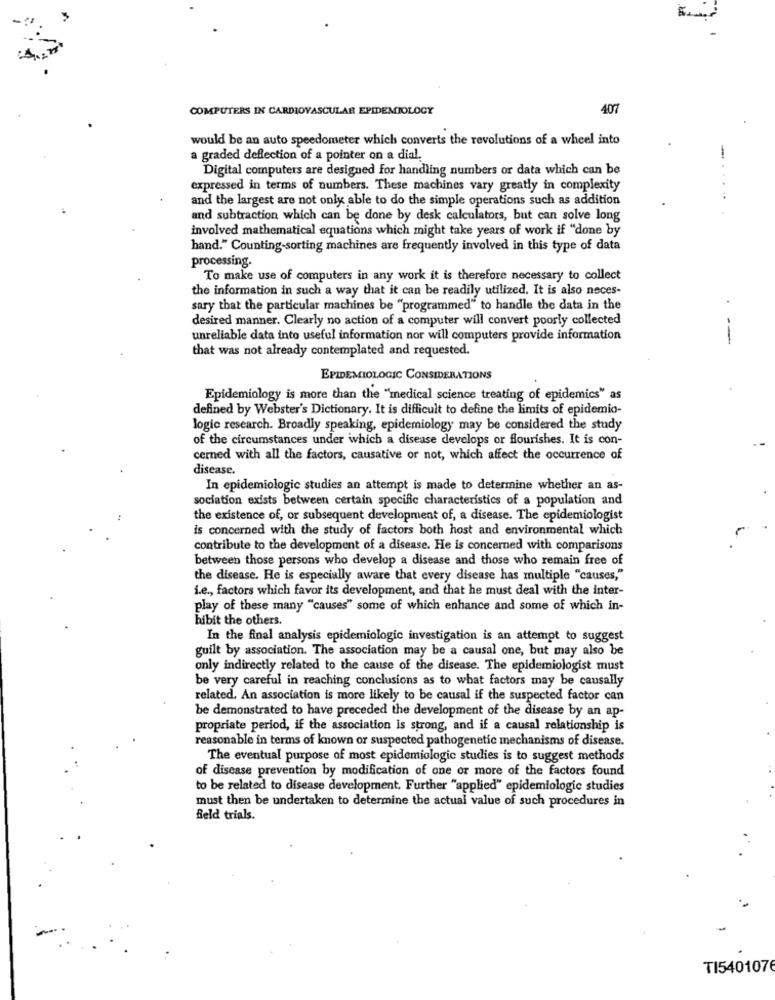
COMPUTERS IN CARDIOVASCULAR EPIDEMIOLOGY
407
would be an auto speedometer which converts the revolutions of a wheel into
a graded deflection of a pointer on a dial.
-
Digital computers are designed for handling numbers or data which can be
expressed in terms of numbers. These machines vary greatly in complexity
and the largest are not only able to do the simple operations such as addition
and subtraction which can be done by desk calculators, but can solve long
involved mathematical equations which might take years of work if "done by
hand." Counting-sorting machines are frequently involved in this type of data
processing.
To make use of computers in any work it is therefore necessary to collect
the information in such a way that it can be readily utilized. It is also neces-
sary that the particular machines be "programmed" to handle the data in the
.
desired manner. Clearly no action of a computer will convert poorly collected
unreliable data into useful information nor will computers provide information
that was not already contemplated and requested.
EPIDEMIOLOGIC CONSIDERATIONS
Epidemiology is more than the "medical science treating of epidemics" as
defined by Webster's Dictionary. It is difficult to define the limits of epidemio-
logic research. Broadly speaking, epidemiology may be considered the study
of the circumstances under which a disease develops or flourishes. It is con-
cerned with all the factors, causative or not, which affect the occurrence of
disease.
In epidemiologic studies an attempt is made to determine whether an as-
sociation exists between certain specific characteristics of a population and
the existence of, or subsequent development of, a disease. The epidemiologist
is concerned with the study of factors both host and environmental which
contribute to the development of a disease. He is concerned with comparisons
between those persons who develop a disease and those who remain free of
the disease. He is especially aware that every disease has multiple "causes,"
i.e ., factors which favor its development, and that he must deal with the inter-
play of these many "causes" some of which enhance and some of which in-
hibit the others.
In the final analysis epidemiologic investigation is an attempt to suggest
guilt by association. The association may be a causal one, but may also be
only indirectly related to the cause of the disease. The epidemiologist must
be very careful in reaching conclusions as to what factors may be causally
related. An association is more likely to be causal if the suspected factor can
be demonstrated to have preceded the development of the disease by an ap-
propriate period, if the association is strong, and if a causal relationship is
reasonable in terms of known or suspected pathogenetic mechanisms of disease.
The eventual purpose of most epidemiologic studies is to suggest methods
of disease prevention by modification of one or more of the factors found
to be related to disease development. Further "applied" epidemiologic studies
must then be undertaken to determine the actual value of such procedures in
feld trials.
TI5401076